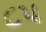
૮પ